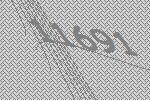
11691